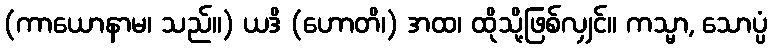
(ကာယောနာမ၊ သည်။) ယဒိ (ဟောတိ၊) အထ၊ ထိုသို့ဖြစ်လျှင်။ ကသ္မာ, သောပ္ပံ